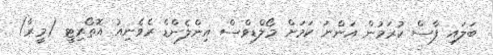
ބަލައި ފާސް ކުރަމުން އަންނަ ކަމަށް މޯލްޑިވްސް އިންލެންޑް ރެވެނިއު އޮތޯރިޓީ (މީރާ)